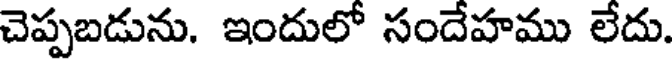
చెప్పబడును. ఇందులో సందేహము లేదు.